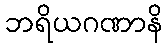
ဘရိယဂဏာနိ